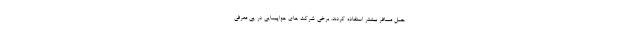
حمل مسافر بیشتر استفاده کردند. برخی شرکت های هواپیمایی در پی معرفی